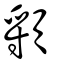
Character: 頱